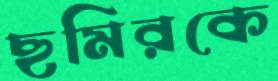
ছমিরকে